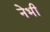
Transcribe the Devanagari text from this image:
नेभी